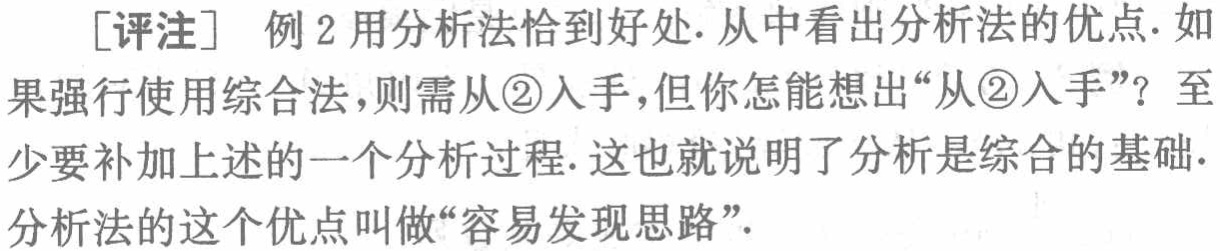
[评注] 例2用分析法恰到好处.从中看出分析法的优点.如果强行使用综合法，则需从\textcircled{2}入手，但你怎能想出“从\textcircled{2}入手”？至少要补加上述的一个分析过程.这也就说明了分析是综合的基础.分析法的这个优点叫做“容易发现思路”.